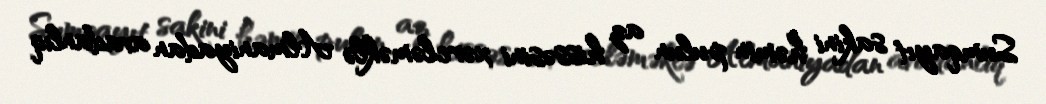
Sumqayıt sakini həmin pulun az hissəsini xərcləməklə Almaniyadan avadanlıq